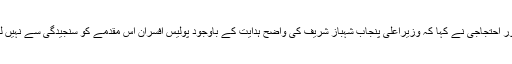
” ایک اور احتجاجی نے کہا کہ وزیرِاعلیٰ پنجاب شہباز شریف کی واضح ہدایت کے باوجود پولیس افسران اس مقدمے کو سنجیدگی سے نہیں لےرہے۔